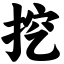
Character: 挖